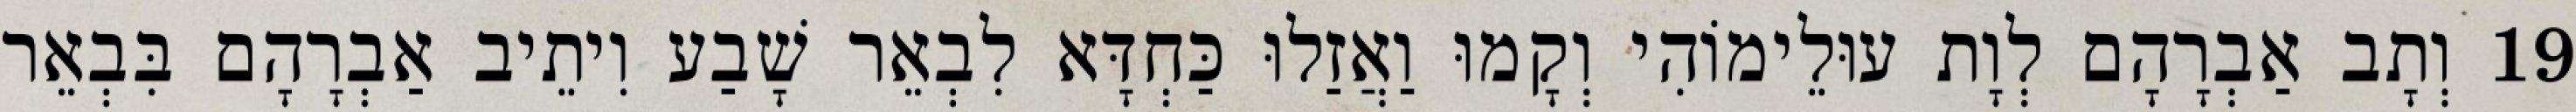
19 וְתָב אַבְרָהָם לְוָת עוּלֵימוֹהִי וְקָמוּ וַאֲזַלוּ כַּחְדָּא לִבְאֵר שָׁבַע וִיתֵיב אַבְרָהָם בִּבְאֵר